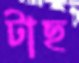
টাছ